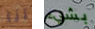
أنا بشيء